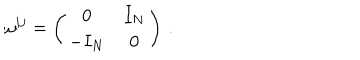
LaTeX: \omega ^ { i j } = \left( \begin{array} { c c } { { 0 } } & { { I _ { N } } } \\ { { - I _ { N } } } & { { 0 } } \\ \end{array} \right) \, .